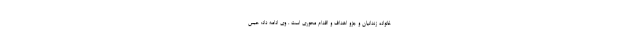
خانواده زندانیان و جزو اهداف و اقدام محوری است . وی ادامه داد: حبس